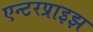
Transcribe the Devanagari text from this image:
एन्टरप्राइझ